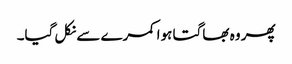
پھر وہ بھاگتا ہوا کمرے سے نکل گیا۔